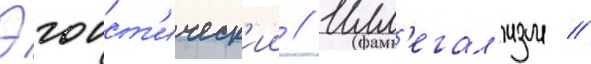
Эгоист'ическ'ии // Илл'егал'изм //